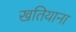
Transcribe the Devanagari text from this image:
खतियाना